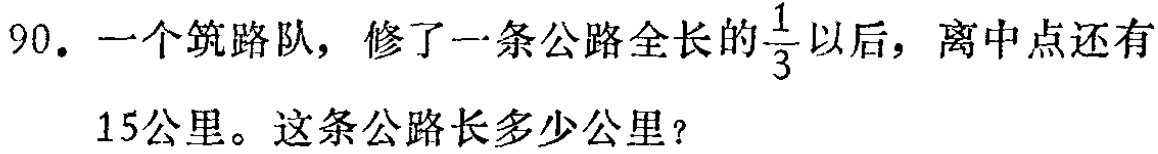
90. 一个筑路队，修了一条公路全长的$\frac{1}{3}$以后，离中点还有15公里。这条公路长多少公里？